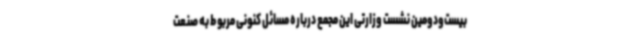
بیست‌ودومین نشست وزارتی این مجمع درباره مسائل کنونی مربوط به صنعت